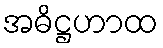
အဓိဋ္ဌဟာထ